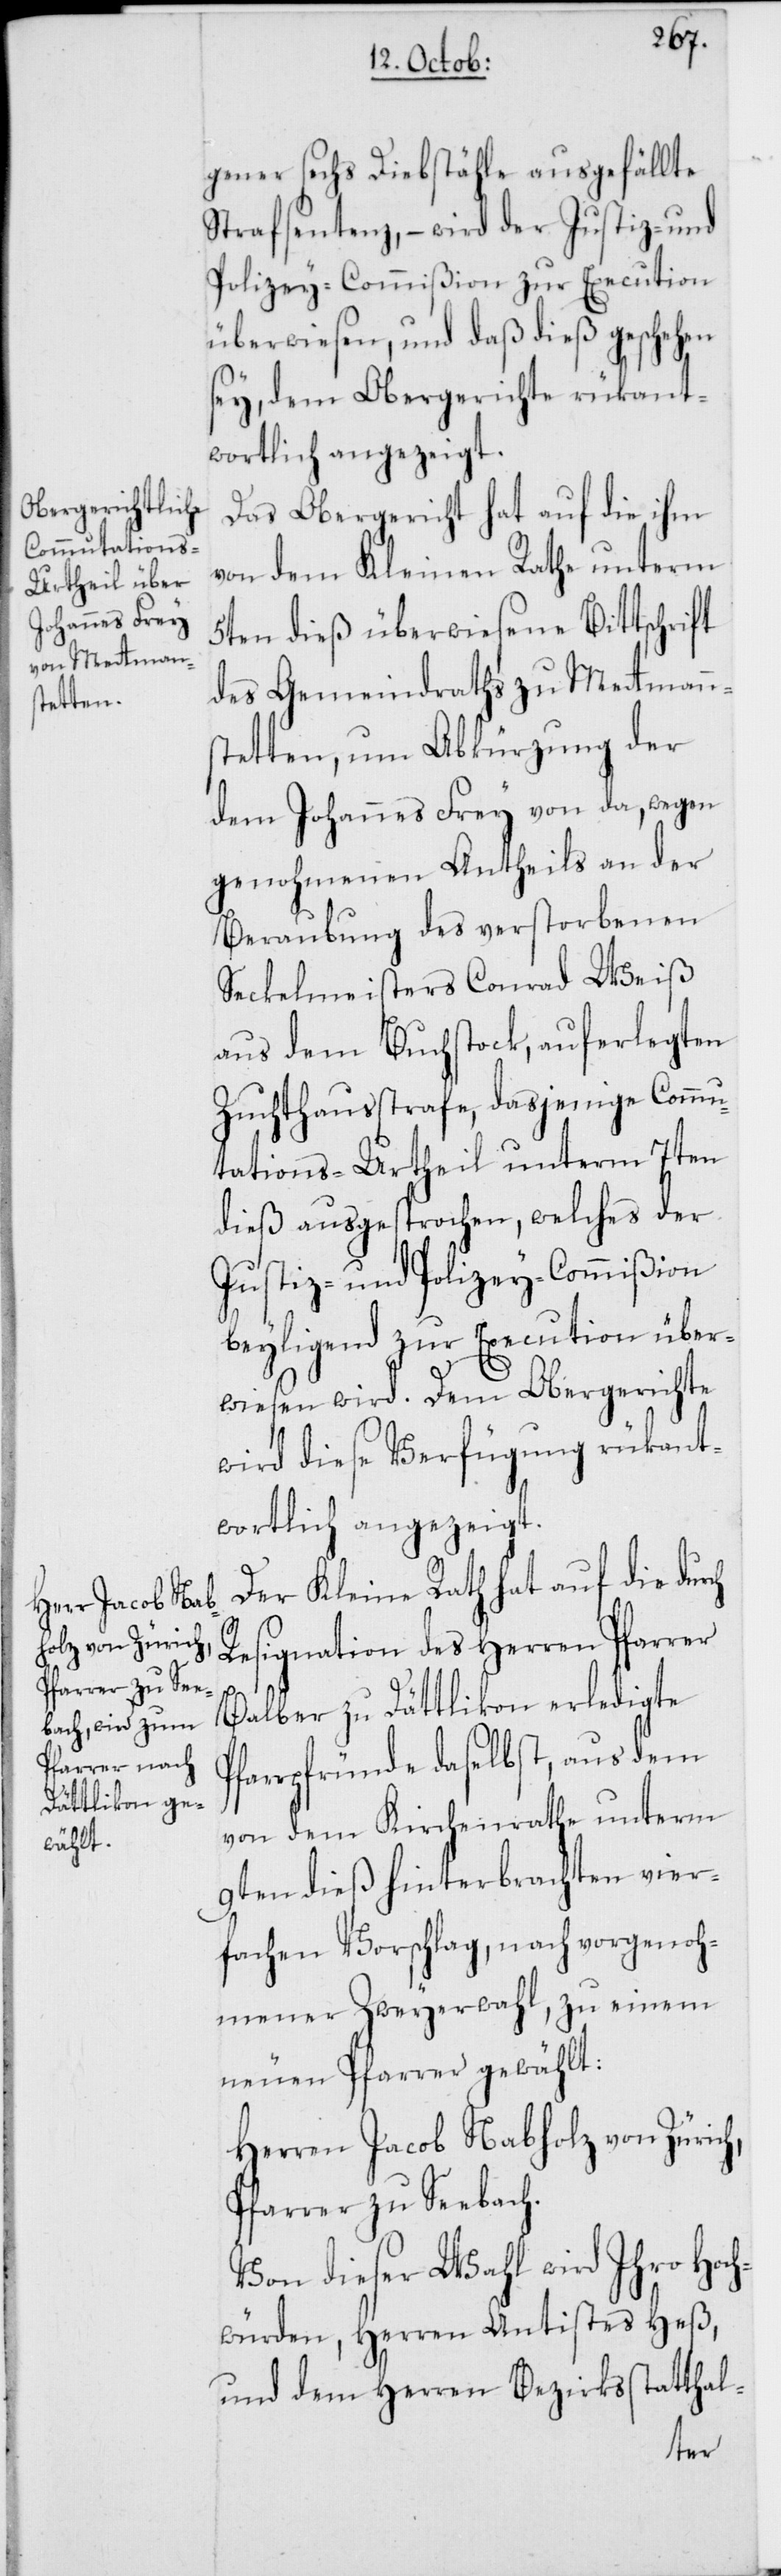
gener sechs Diebstähle ausgefällte
Strafsentenz, – wird der Justiz- und
Polizey-Commißion zur Execution
überwiesen, und daß dieß geschehen
sey, dem Obergerichte rükant¬
wortlich angezeigt.
Das Obergericht hat auf die ihm
von dem Kleinen Rathe unterm
5ten dieß überwiesene Bittschrift
des Gemeindraths zu Metmanns¬
tetten, um Abkürzung der
dem Johannes Frey von da, wegen
genohmenem Antheils an der
Beraubung des verstorbenen
Seckelmeisters Conrad Weiß
aus dem Buchstock, auferlegten
Zuchthausstrafe, dasjenige Commu¬
tations-Urtheil unterm 7ten
dieß ausgesprochen, welches der
Justiz- und Polizeycommißion
beyligend zur Execution über¬
wiesen wird. Dem Obergerichte
wird diese Verfügung rükant¬
wortlich angezeigt.
Der Kleine Rath hat auf die
Resignation des Herren Pfarrer
Balber zu Dättlikon erledigte
Pfarrpfründe daselbst, aus dem
von dem Kirchenrathe unterm
9ten dieß hinterbrachten vier¬
fachen Vorschlag, nach vorgenoh¬
mener Zweyerwahl, zu einem
neuen Pfarrer gewählt:
Herren Jacob Nabholz von Zürich,
Pfarrer zu Seebach.
Von dieser Wahl wird Ihro Hoch¬
würden, Herren Antistes Heß,
und dem Herren Bezirksstatthal-